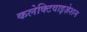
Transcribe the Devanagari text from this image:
कलेक्टिवाइज़ेशन